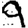
Digit: 9